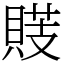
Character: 䝸